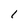
Character: I